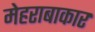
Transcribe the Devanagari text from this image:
मेहराबाकार